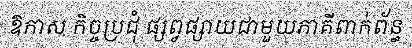
ឱកាស កិច្ចប្រជុំ ផ្សព្វផ្សាយជាមួយភាគីពាក់ព័ន្ធ